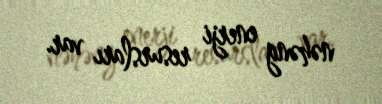
nəhəng enerji resursları var.